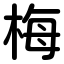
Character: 梅